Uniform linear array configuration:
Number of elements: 16
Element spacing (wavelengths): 0.5
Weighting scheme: uniform
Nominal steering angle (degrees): -30
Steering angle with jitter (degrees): -29.225
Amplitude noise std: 0.05
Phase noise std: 0.05

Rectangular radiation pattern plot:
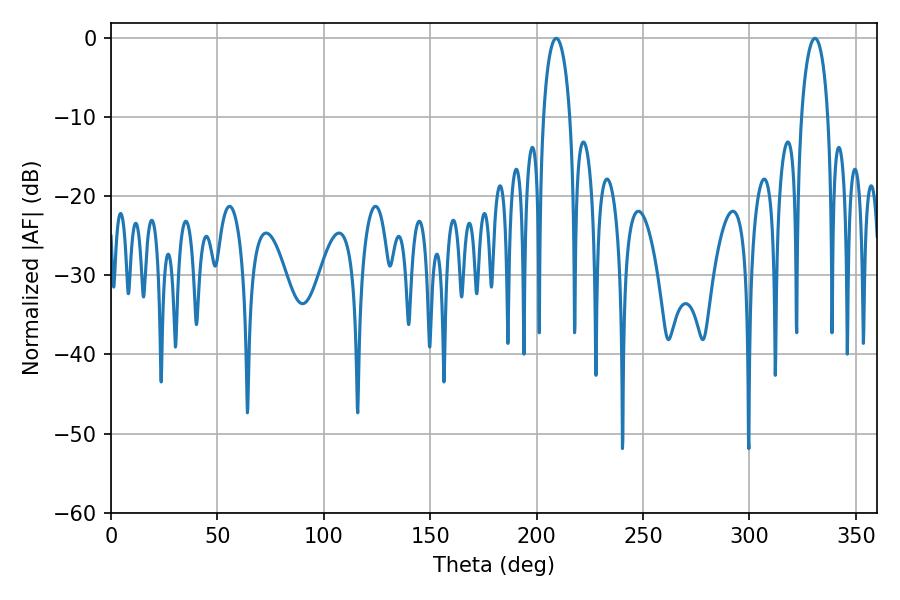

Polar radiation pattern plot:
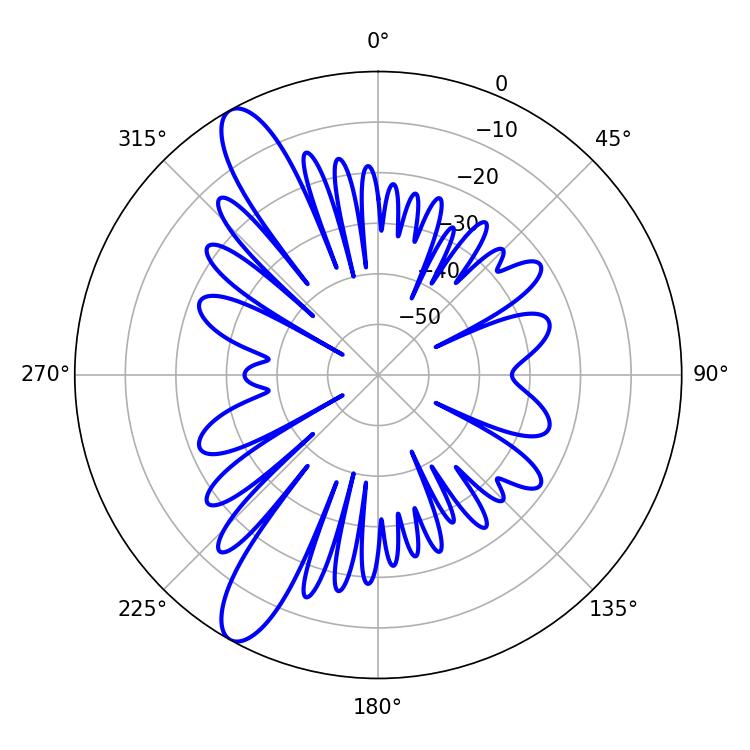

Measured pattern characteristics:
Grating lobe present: FALSE
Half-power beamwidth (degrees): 7.2
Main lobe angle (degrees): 209.16